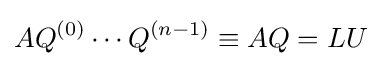
AQ^{(0)}\cdots Q^{(n-1)}\equiv AQ=LU